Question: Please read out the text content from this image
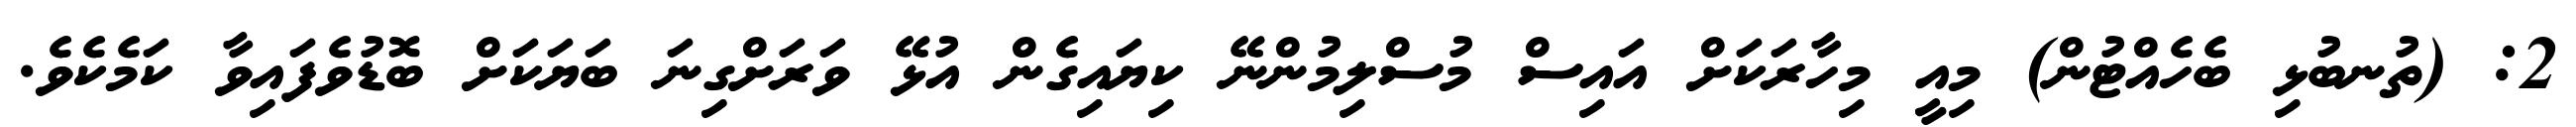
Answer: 2: (ތުނބުޅި ބެހެއްޓުން) މިއީ މިހާރަކަށް އައިސް މުސްލިމުންނޭ ކިޔައިގެން އުޅޭ ވަރަށްގިނަ ބަޔަކަށް ބޮޑުވެފައިވާ ކަމެކެވެ.